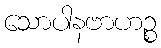
သောပါနဗာဟဉ္စ